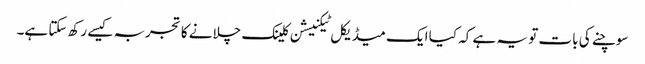
سوچنے کی بات تو یہ ہے کہ کیا ایک میڈیکل ٹیکنیشن کلینک چلانے کا تجربہ کیسے رکھ سکتا ہے۔